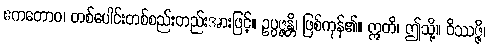
ဧကတောဝ၊ တစ်ပေါင်းတစ်စည်းတည်းအားဖြင့်။ ဥပ္ပဇ္ဇန္တိ၊ ဖြစ်ကုန်၏။ ဣတိ၊ ဤသို့။ ဝိဿဇ္ဇိ၊